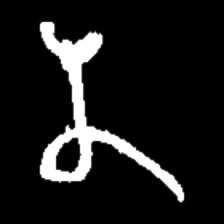
Pyu character \u2014 Myanmar letter: န (romanized: na)